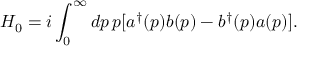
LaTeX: H _ { 0 } = i \int _ { 0 } ^ { \infty } d p \, p [ a ^ { \dag } ( p ) b ( p ) - b ^ { \dag } ( p ) a ( p ) ] .